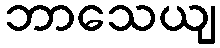
ဘာသေယျ